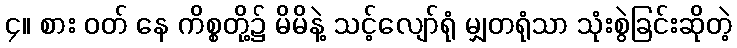
၄။ စား ဝတ် နေ ကိစ္စတို့၌ မိမိနဲ့ သင့်လျော်ရုံ မျှတရုံသာ သုံးစွဲခြင်းဆိုတဲ့